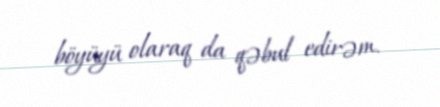
böyüyü olaraq da qəbul edirəm.